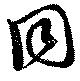
同